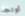
أولجا